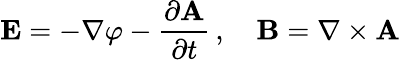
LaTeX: \mathbf{E}=-\nabla\varphi-{\frac{\partial\mathbf{A}}{\partial t}}\, ,\quad\mathbf{B}=\nabla\times\mathbf{A}